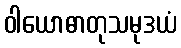
ဝါယောဓာတုသမုဒယံ